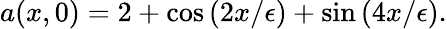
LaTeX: a(x,0)=2+\cos\left(2x/\epsilon\right)+\sin\left(4x/\epsilon\right).